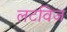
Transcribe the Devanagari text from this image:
लटविज